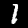
Label: 1